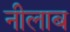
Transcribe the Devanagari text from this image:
नीलाब